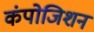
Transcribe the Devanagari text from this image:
कंपोजिशन